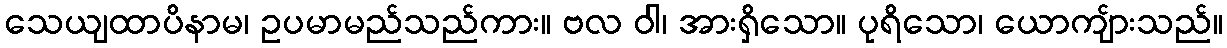
သေယျထာပိနာမ၊ ဥပမာမည်သည်ကား။ ဗလ ဝါ၊ အားရှိသော။ ပုရိသော၊ ယောကျ်ားသည်။